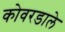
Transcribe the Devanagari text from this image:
कोवरडाले